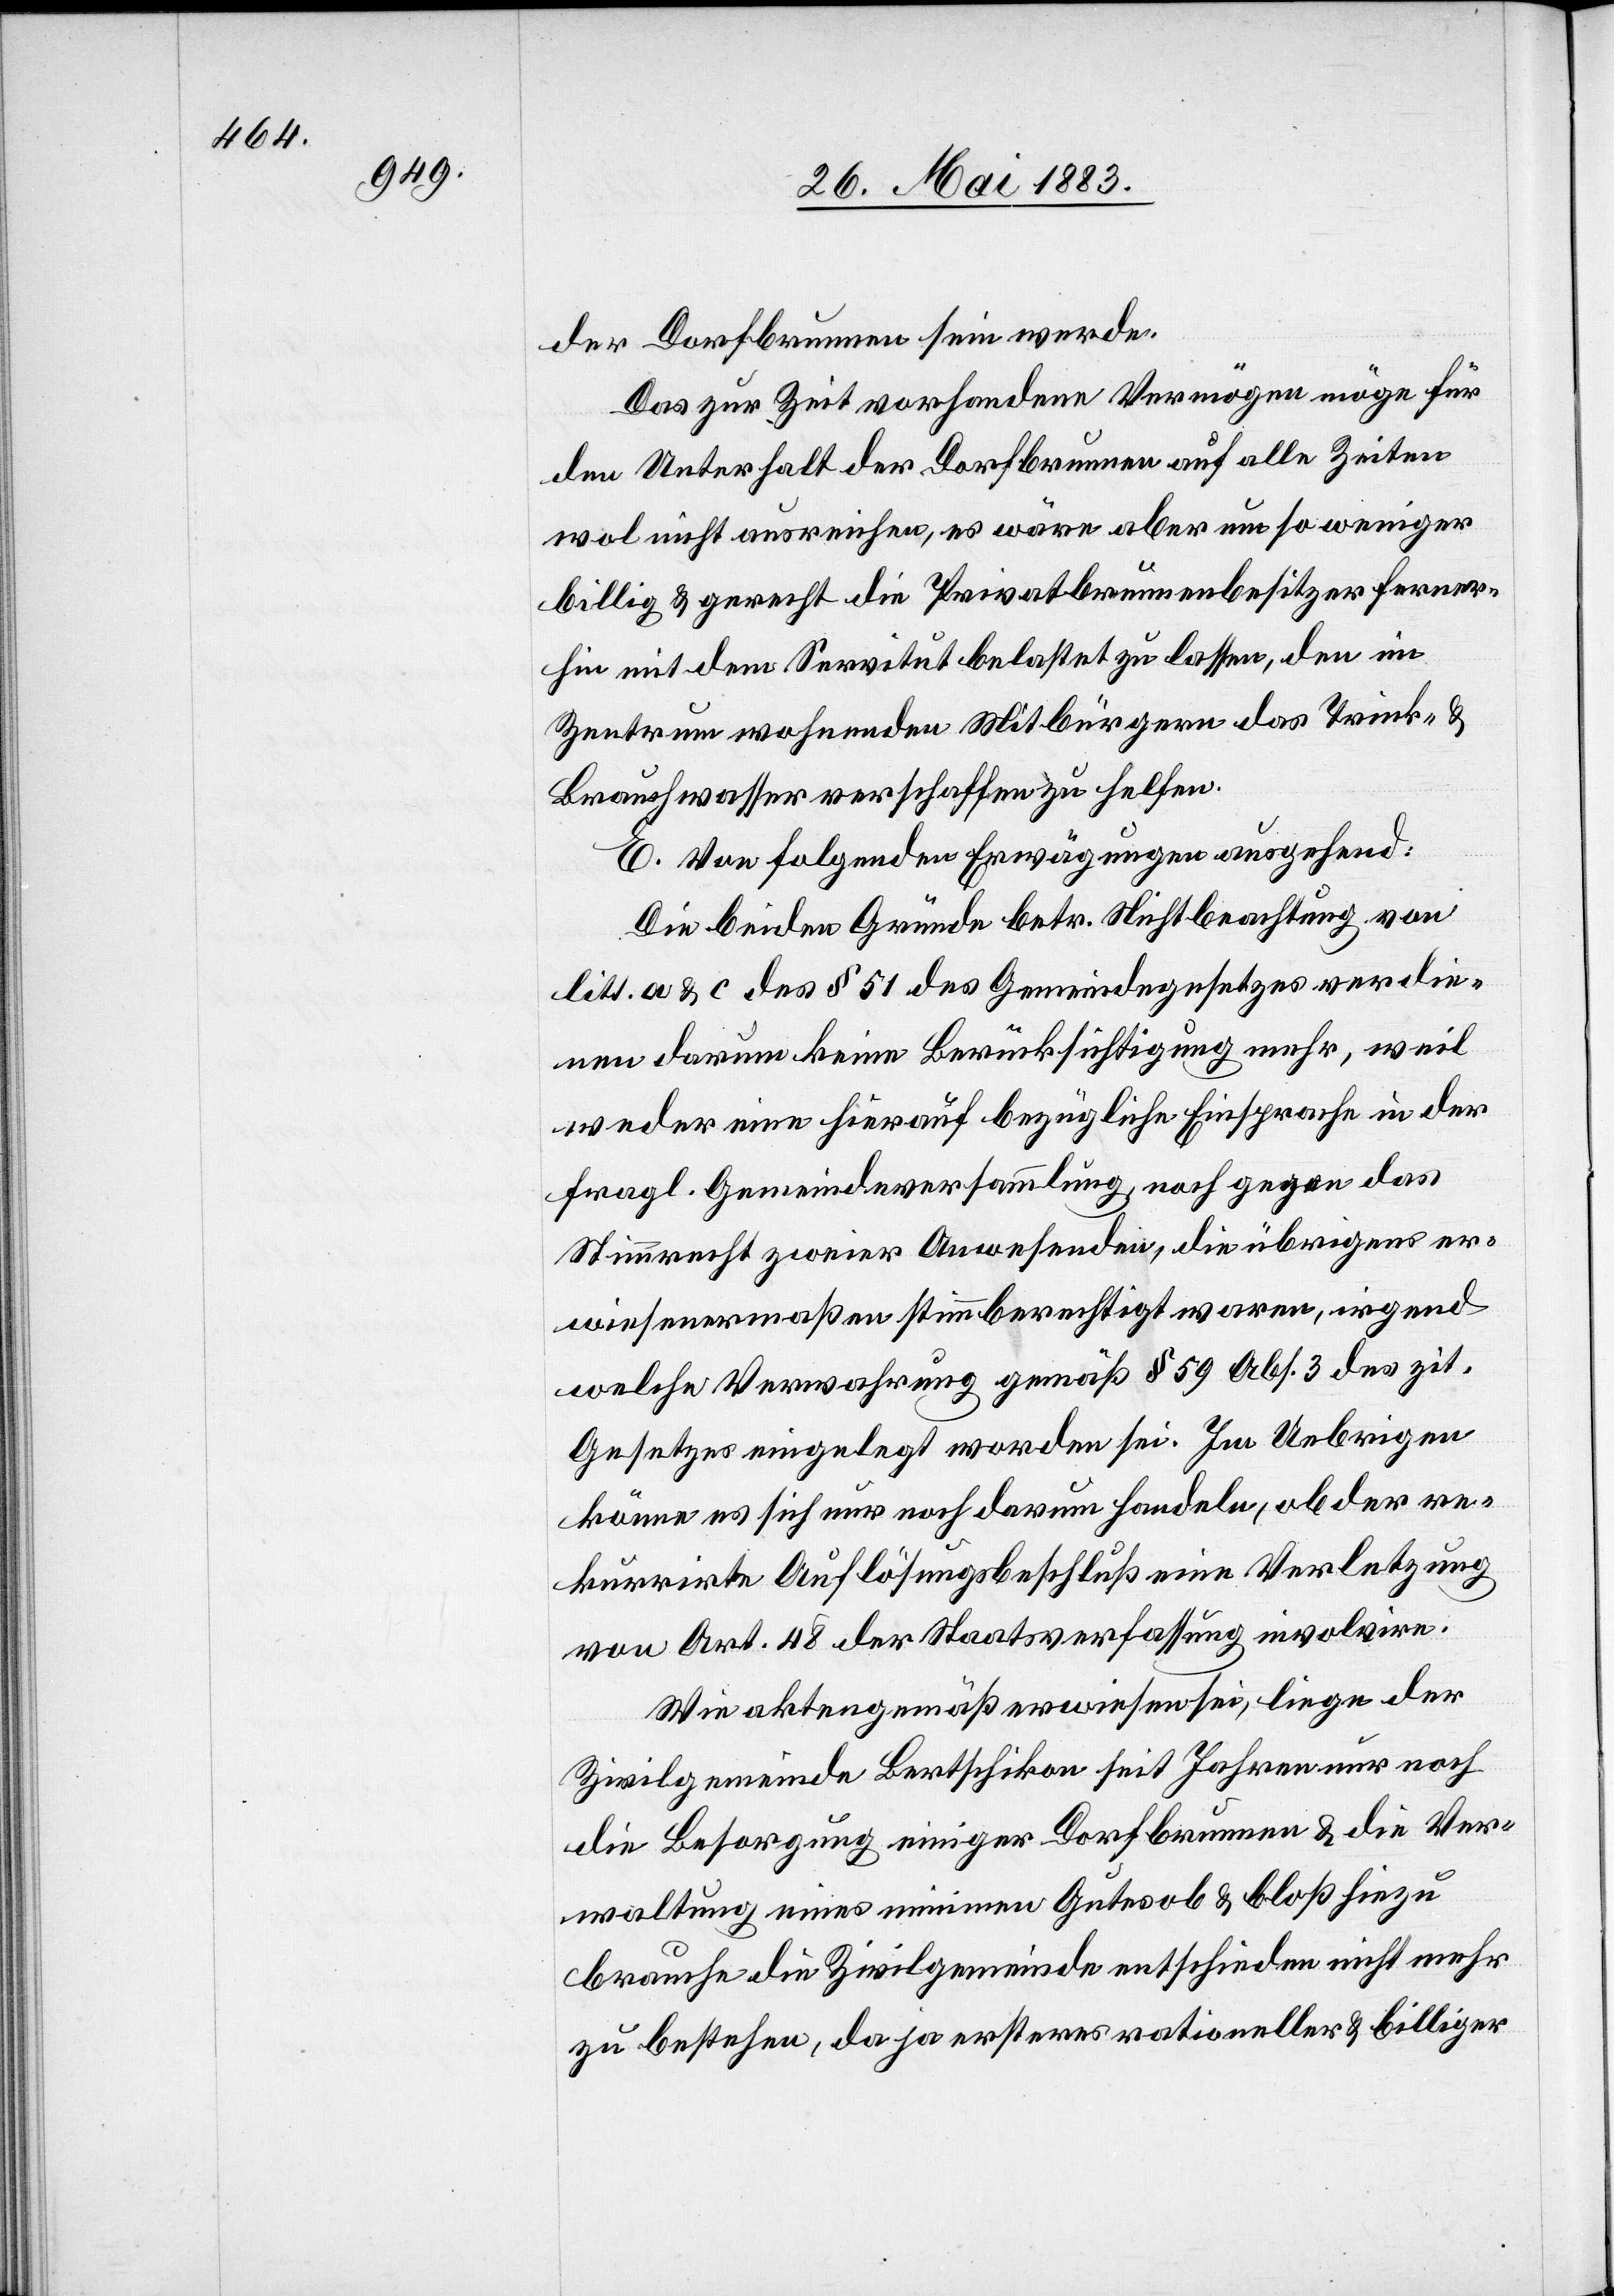
der Dorfbrunnen sein werde.
Das zur Zeit vorhandene Vermögen möge für
den Unterhalt der Dorfbrunnen auf alle Zeiten
wol nicht ausreichen, es wäre aber um so weniger
billig & gerecht die Privatbrunnenbesitzer ferner¬
hin mit dem Servitut belastet zu lassen, den im
Zentrum wohnenden Mitbürgern das Trink- &
Brauchwasser verschaffen zu helfen.
E. Von folgenden Erwägungen ausgehend:
Die beiden Gründe betr. Nichtbeachtung von
litt. a & c des § 51 des Gemeindegesetzes verdie¬
nen darum keine Berücksichtigung mehr, weil
weder eine hierauf bezügliche Einsprache in der
fragl. Gemeindeversammlung, noch gegen das
Stimmrecht zweier Anwesenden, die übrigens er¬
wiesenermaßen stimmberechtigt waren, irgend
welche Verwahrung gemäß § 59 Abs. 3 des zit.
Gesetzes eingelegt worden sei. Im Uebrigen
könne es sich nur noch darum handeln, ob der re¬
kurrirte Auflösungsbeschluß eine Verletzung
von Art. 48 der Staatsverfassung involvire.
Wie aktengemäß erwiesen sei, liege der
Zivilgemeinde Bertschikon seit Jahren nur noch
die Besorgung einiger Dorfbrunnen & die Ver¬
waltung eines minimen Gutes ob & bloß hiezu
brauche die Zivilgemeinde entschieden nicht mehr
zu bestehen, da ja ersteres rationeller & billiger